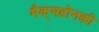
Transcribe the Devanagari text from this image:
मैक्‌महोनकी